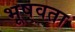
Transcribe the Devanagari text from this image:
भूषवता